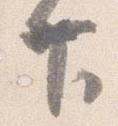
下